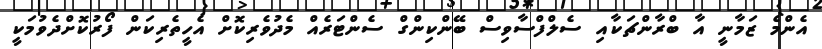
އެންމެ ޒަމާނީ އާ ބްރާންޗަކާއި ސެލްފްސާވިސް ބޭންކިންގް ސެންޓަރެއް މެދުވެރިކޮށް އެހީތެރިކަން ފޯރުކޮށްދެވުމަކީ